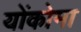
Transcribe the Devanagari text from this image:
योंकोमा